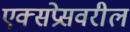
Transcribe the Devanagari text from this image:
एक्सप्रेसवरील